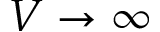
V \to \infty